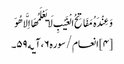
وَعِنْدَهُ مَفَاتِحُ الْغَیْبِ لَا یَعْلَمُهَا اِلَّا هُوَ ‌
[۴] انعام/سوره۶، آیه۵۹۔